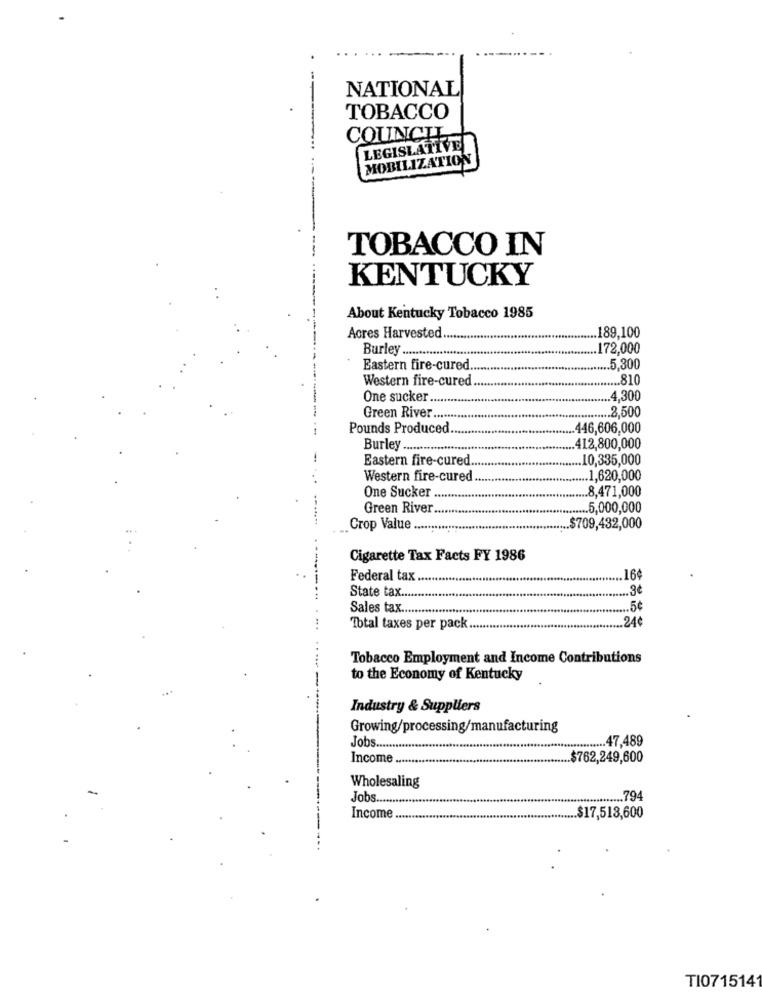
NATIONAL
TOBACCO
COUNCIL
LEGISLATIVE
MOBILIZATION
TOBACCO IN
KENTUCKY
About Kentucky Tobacco 1985
---
Acres Harvested
.189,100
Burley .........
172,000
Eastern fire-cured.
.......... 5,300
... 810
Western fire-cured.
One sucker ..
... 4,300
............ 2,500
Green River ......
Pounds Produced
.. 446,606,000
Burley ........
412,800,000
Eastern fire-cured
.. 10,335,000
Western fire-cured ..
1,620,000
One Sucker
8,471,000
Green River ..
...... 5,000,000
Crop Value ....
$709,432,000
Cigarette Tax Facts FY 1986
Federal tax
16¢
State tax.
Sales tax ...
....... 5¢
24¢
Total taxes per pack
Tobacco Employment and Income Contributions
to the Economy of Kentucky
Industry & Suppliers
Growing/processing/manufacturing
......... 47,489
Jobs ......
Income
.$762,249,600
Wholesaling
Jobs ......
****........... 794
Income
... $17,513,600
TI0715141